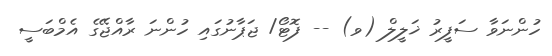
ހުންނަވާ ސަފީރު ޚަލީލް (ވ) -- ފޮޓޯ/ ޖަޕާނުގައި ހުންނަ ރާއްޖޭގެ އެމްބަސީ